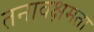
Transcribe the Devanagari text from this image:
तनावक्षमता